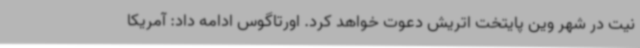
نیت در شهر وین پایتخت اتریش دعوت خواهد کرد. اورتاگوس ادامه داد: آمریکا